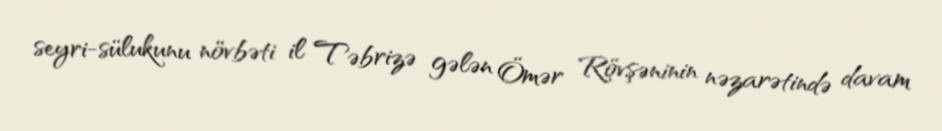
seyri-sülukunu növbəti il Təbrizə gələn Ömər Rövşəninin nəzarətində davam